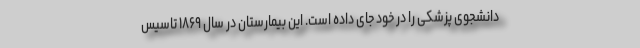
دانشجوی پزشکی را در خود جای داده است. این بیمارستان در سال ۱۸۶۹ تاسیس